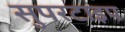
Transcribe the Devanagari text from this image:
सुपरटाइप